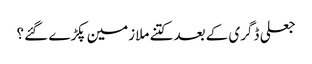
جعلی ڈگری کے بعد کتنے ملازمین پکڑے گئے ؟